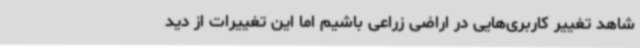
شاهد تغییر کاربری‌هایی در اراضی زراعی باشیم اما این تغییرات از دید